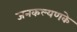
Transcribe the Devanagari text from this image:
जनकल्यणके